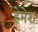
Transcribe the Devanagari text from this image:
हेमेश